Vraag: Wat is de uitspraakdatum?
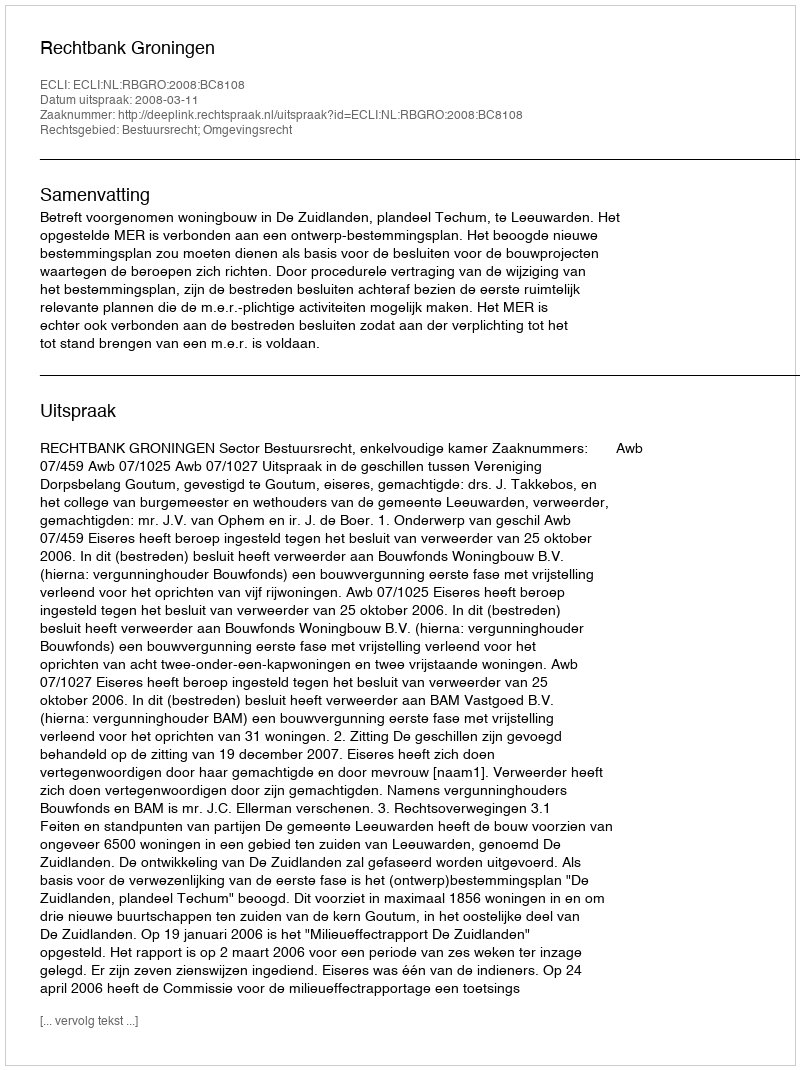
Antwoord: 2008-03-11